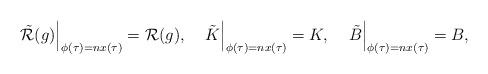
LaTeX: \begin{align*}\left.\tilde{{\cal R}}(g)\right\vert\sb{\phi(\tau)=nx(\tau)}={\cal R}(g),\quad\left.\tilde{K}\right\vert\sb{\phi(\tau)=nx(\tau)}=K,\quad\left.\tilde{B}\right\vert\sb{\phi(\tau)=nx(\tau)}=B,\end{align*}